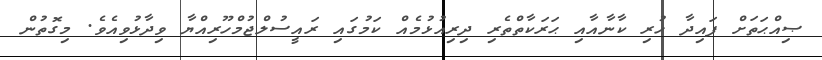
ޞިއްޙަތަށް ފައިދާ ހުރި ކާނާއާއި ޙަރަކާތްތެރި ދިރިއުޅުމެއް ކަމުގައި ރައީސުލްޖުމްހޫރިއްޔާ ވިދާޅުވިއެވެ. މިގޮތުން